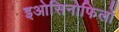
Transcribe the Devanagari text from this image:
इओसिनोफिलों